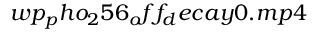
w p _ { p } h o _ { 2 } 5 6 _ { o } f f _ { d } e c a y 0 . m p 4